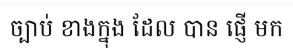
ច្បាប់ ខាងក្នុង ដែល បាន ផ្ញើ មក